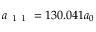
a _ { \mathrm { ~ 1 ~ 1 ~ } } = 1 3 0 . 0 4 1 a _ { 0 }